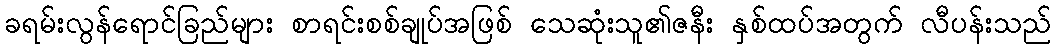
ခရမ်းလွန်ရောင်ခြည်များ စာရင်းစစ်ချုပ်အဖြစ် သေဆုံးသူ၏ဇနီး နှစ်ထပ်အတွက် လီပန်းသည်